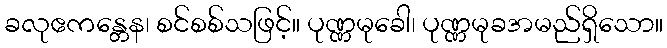
ခလုဧကန္တေန၊ စင်စစ်သဖြင့်။ ပုဏ္ဏမုခေါ၊ ပုဏ္ဏမုခအမည်ရှိသော။